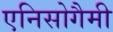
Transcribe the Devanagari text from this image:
एनिसोगैमी